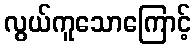
လွယ်ကူသောကြောင့်